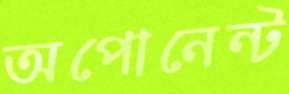
অপোনেন্ট